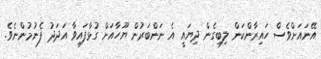
އޭނައަށްވެސް ހައިރާންކަން ލިބިގެން ދިޔައީ އެ ނަންބަރުން ޔޫހާއަށް ގުޅާފައިވާ އަދަދު ފެނުމުންނެވެ.